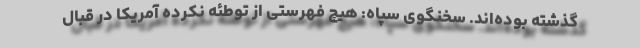
گذشته بوده‌اند. سخنگوی سپاه: هیچ فهرستی از توطئه نکرده آمریکا در قبال